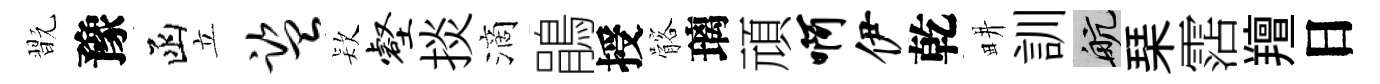
翫豫函立监𣣇壑掞滴鵑授髂璃頑啊伊乾畊訓航琹霑羶日